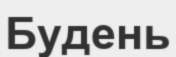
Будень